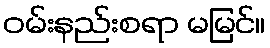
ဝမ်းနည်းစရာ မမြင်။